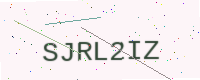
Text: SJRL2IZ